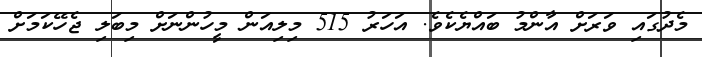
މެދުގައި ވަރަށް އާންމު ބައްޔެކެވެ. އަހަރު 515 މިލިއަން މީހުންނަށް މިބަލި ޖެހޭކަމަށް